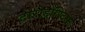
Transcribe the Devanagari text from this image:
टोरोडॉण्टिस्म